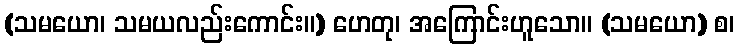
(သမယော၊ သမယလည်းကောင်း။) ဟေတု၊ အကြောင်းဟူသော။ (သမယော) စ၊